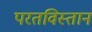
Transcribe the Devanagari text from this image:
परतविस्तान